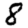
Digit: 8